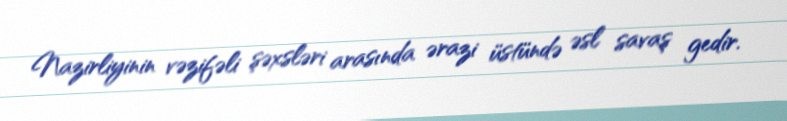
Nazirliyinin vəzifəli şəxsləri arasında ərazi üstündə əsl savaş gedir.